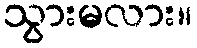
သွားမလား။